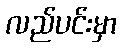
လည်ပင်းမှာ